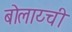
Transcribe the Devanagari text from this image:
बोलाय्ची